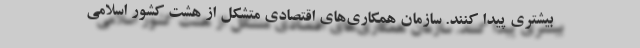
بیشتری پیدا کنند. سازمان همکاری‌های اقتصادی متشکل از هشت کشور اسلامی